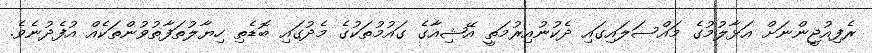
ރެފިއުޖީންނަށް އަޅާލުމުގެ މައްސަލައިގައި ދެކުނުއިރުމަތީ އޭޝިއާގެ ގައުމުތަކުގެ މެދުގައި ބޮޑެތި ހިޔާލުތަފާތުވުންތަކެއް އުފެދުނެވެ.